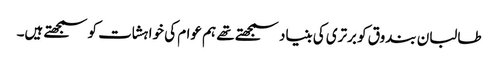
طالبان بندوق کو برتری کی بنیاد سمجھتے تھے ہم عوام کی خواہشات کو سمجھتے ہیں۔